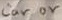
Text: Car or